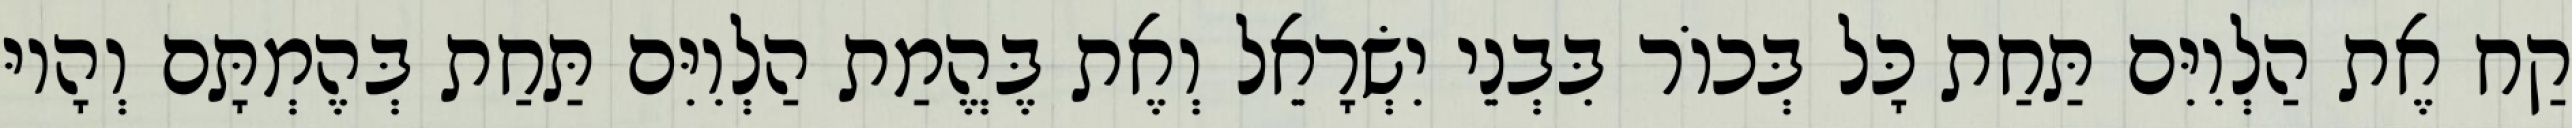
קַח אֶת הַלְוִיִּם תַּחַת כָּל בְּכוֹר בִּבְנֵי יִשְׂרָאֵל וְאֶת בֶּהֱמַת הַלְוִיִּם תַּחַת בְּהֶמְתָּם וְהָיוּ